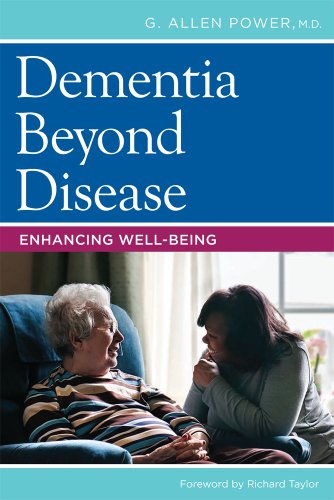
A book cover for Dementia Beyond Disease: Enhancing Well-Being; G. Power M.D.; Medical Books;